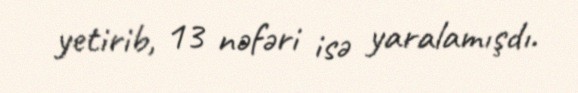
yetirib, 13 nəfəri isə yaralamışdı.